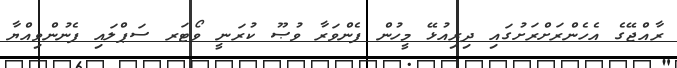
ރާއްޖޭގެ އެހެންރަށްރަށުގައި ދިރިއުޅޭ މީހުން ފެންވަރާ ވުޞޫ ކުރަނީ ވޯޓަރ ސަޕްލައި ފެނުންވިއްޔާ